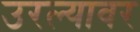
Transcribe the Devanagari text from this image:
उरल्यावर